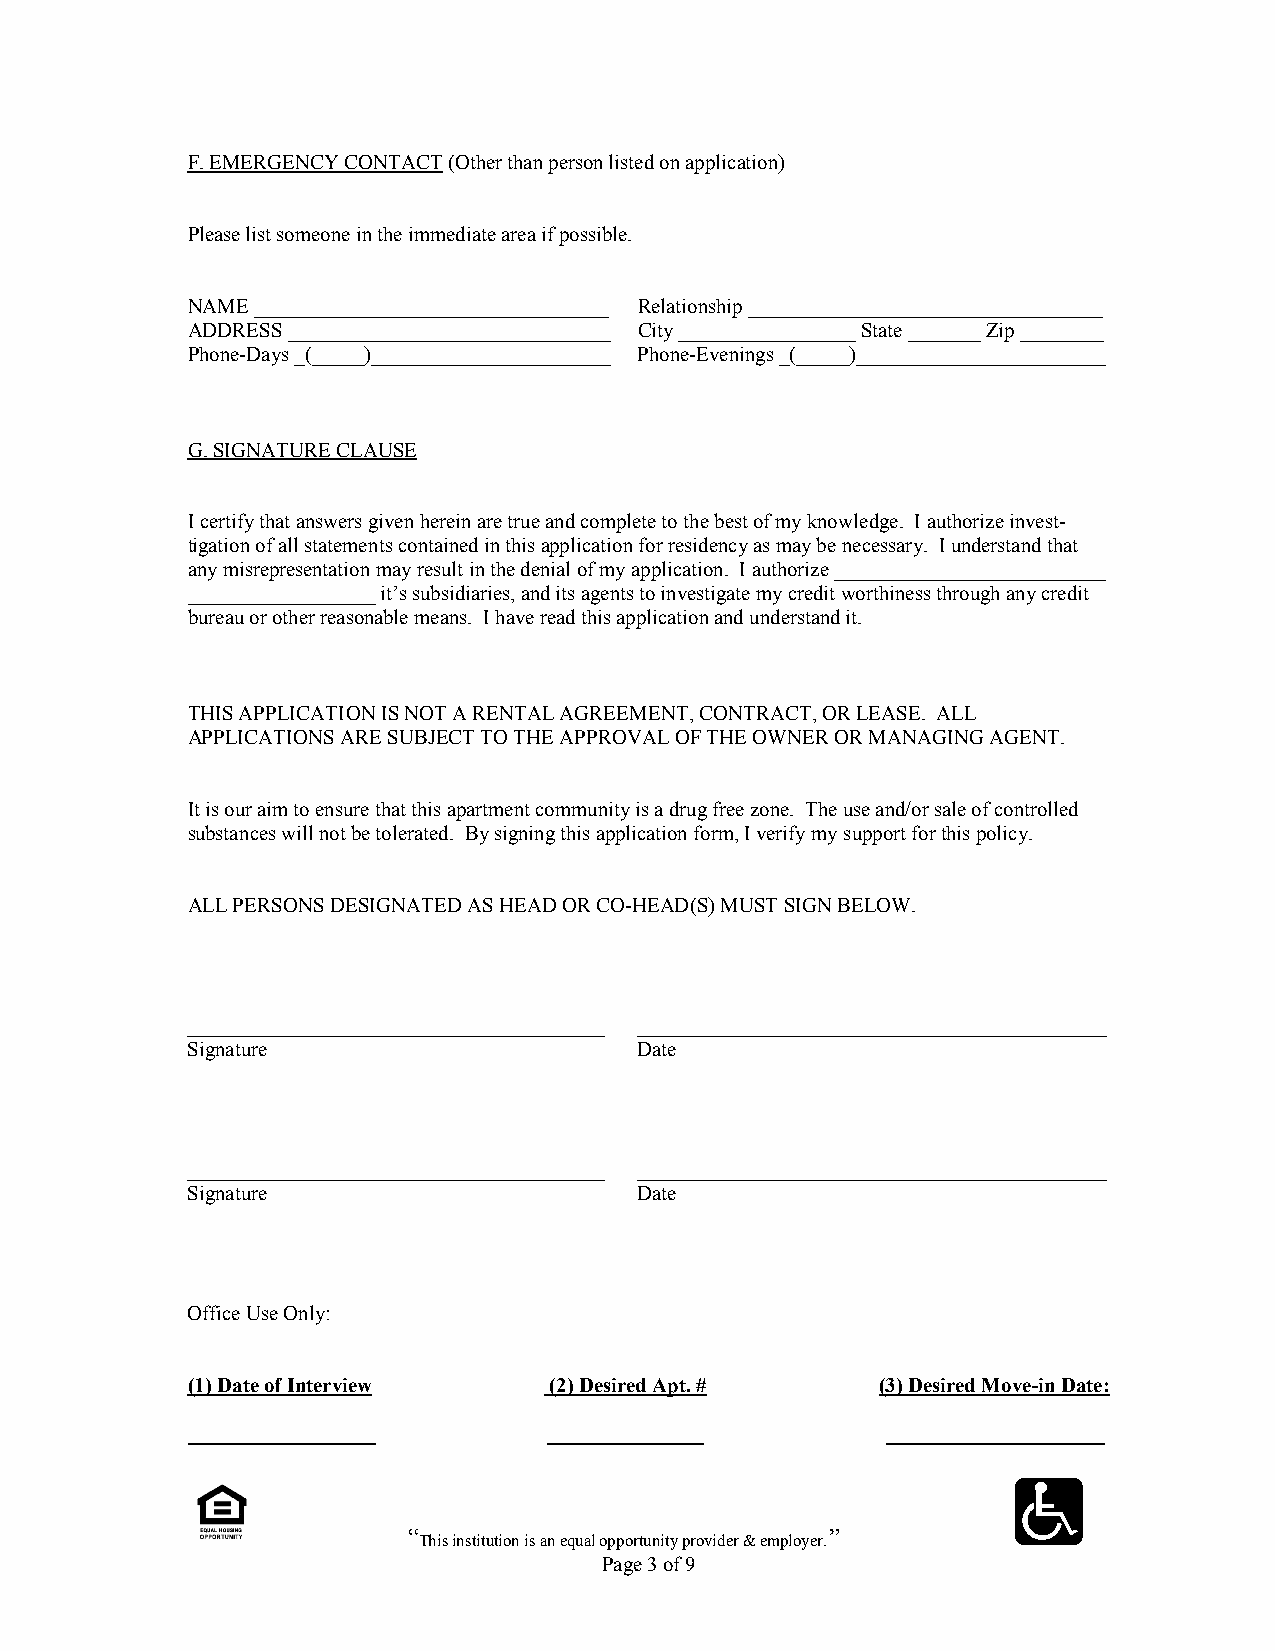
F. EMERGENCY CONTACT (Other than person listed on application)
 Please list someone in the immediate area if possible.
 NAME __________________________________ Relationship __________________________________
 ADDRESS _______________________________ City _________________ State _______ Zip ________
 Phone-Days _(_____)_______________________ Phone-Evenings _(_____)________________________
 G. SIGNATURE CLAUSE
 I certify that answers given herein are true and complete to the best of my knowledge. I authorize invest-
 tigation of all statements contained in this application for residency as may be necessary. I understand that
 any misrepresentation may result in the denial of my application. I authorize __________________________
 __________________ it’s subsidiaries, and its agents to investigate my credit worthiness through any credit
 bureau or other reasonable means. I have read this application and understand it.
 THIS APPLICATION IS NOT A RENTAL AGREEMENT, CONTRACT, OR LEASE. ALL
 APPLICATIONS ARE SUBJECT TO THE APPROVAL OF THE OWNER OR MANAGING AGENT.
 It is our aim to ensure that this apartment community is a drug free zone. The use and/or sale of controlled
 substances will not be tolerated. By signing this application form, I verify my support for this policy.
 ALL PERSONS DESIGNATED AS HEAD OR CO-HEAD(S) MUST SIGN BELOW.
 ________________________________________ _____________________________________________
 Signature                     Date
 ________________________________________ _____________________________________________
 Signature                     Date
 Office Use Only:
 (1) Date of Interview   (2) Desired Apt. #    (3) Desired Move-in Date:
 __________________      _______________        _____________________
 “This institution is an equal opportunity provider & employer.”
 Page 3 of 9